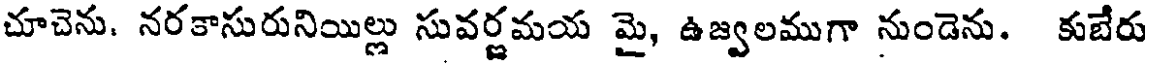
చూచెను. నరకాసురునియిల్లు సువర్ణమయ మై, ఉజ్వలముగా నుండెను. కుబేరు